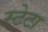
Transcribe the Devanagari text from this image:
स्टेटा